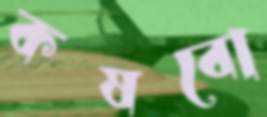
কষবো